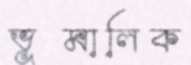
ভূমালিক